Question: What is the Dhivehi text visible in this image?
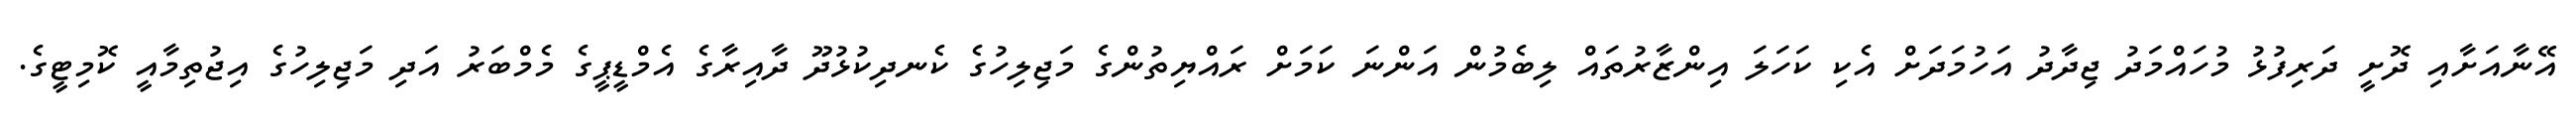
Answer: އޭނާއަށާއި ދޮށީ ދަރިފުޅު މުހައްމަދު ޖިދާދު އަހުމަދަށް އެކި ކަހަލަ އިންޒާރުތައް ލިބެމުން އަންނަ ކަމަށް ރައްޔިތުންގެ މަޖިލިހުގެ ކެނދިކުޅުދޫ ދާއިރާގެ އެމްޑީޕީގެ މެމްބަރު އަދި މަޖިލިހުގެ އިޖުތިމާއީ ކޮމިޓީގެ.